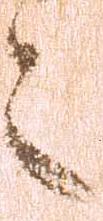
之